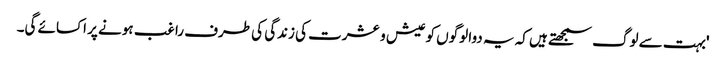
'بہت سے لوگ سمجھتے ہیں کہ یہ دوا لوگوں کو عیش و عشرت کی زندگی کی طرف راغب ہونے پر اکسائے گی۔